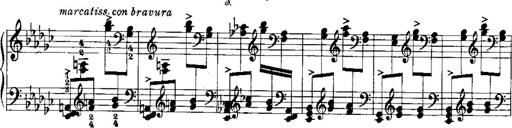
Title: RÃ©miniscences de Norma de Bellini
Composer: Franz Liszt